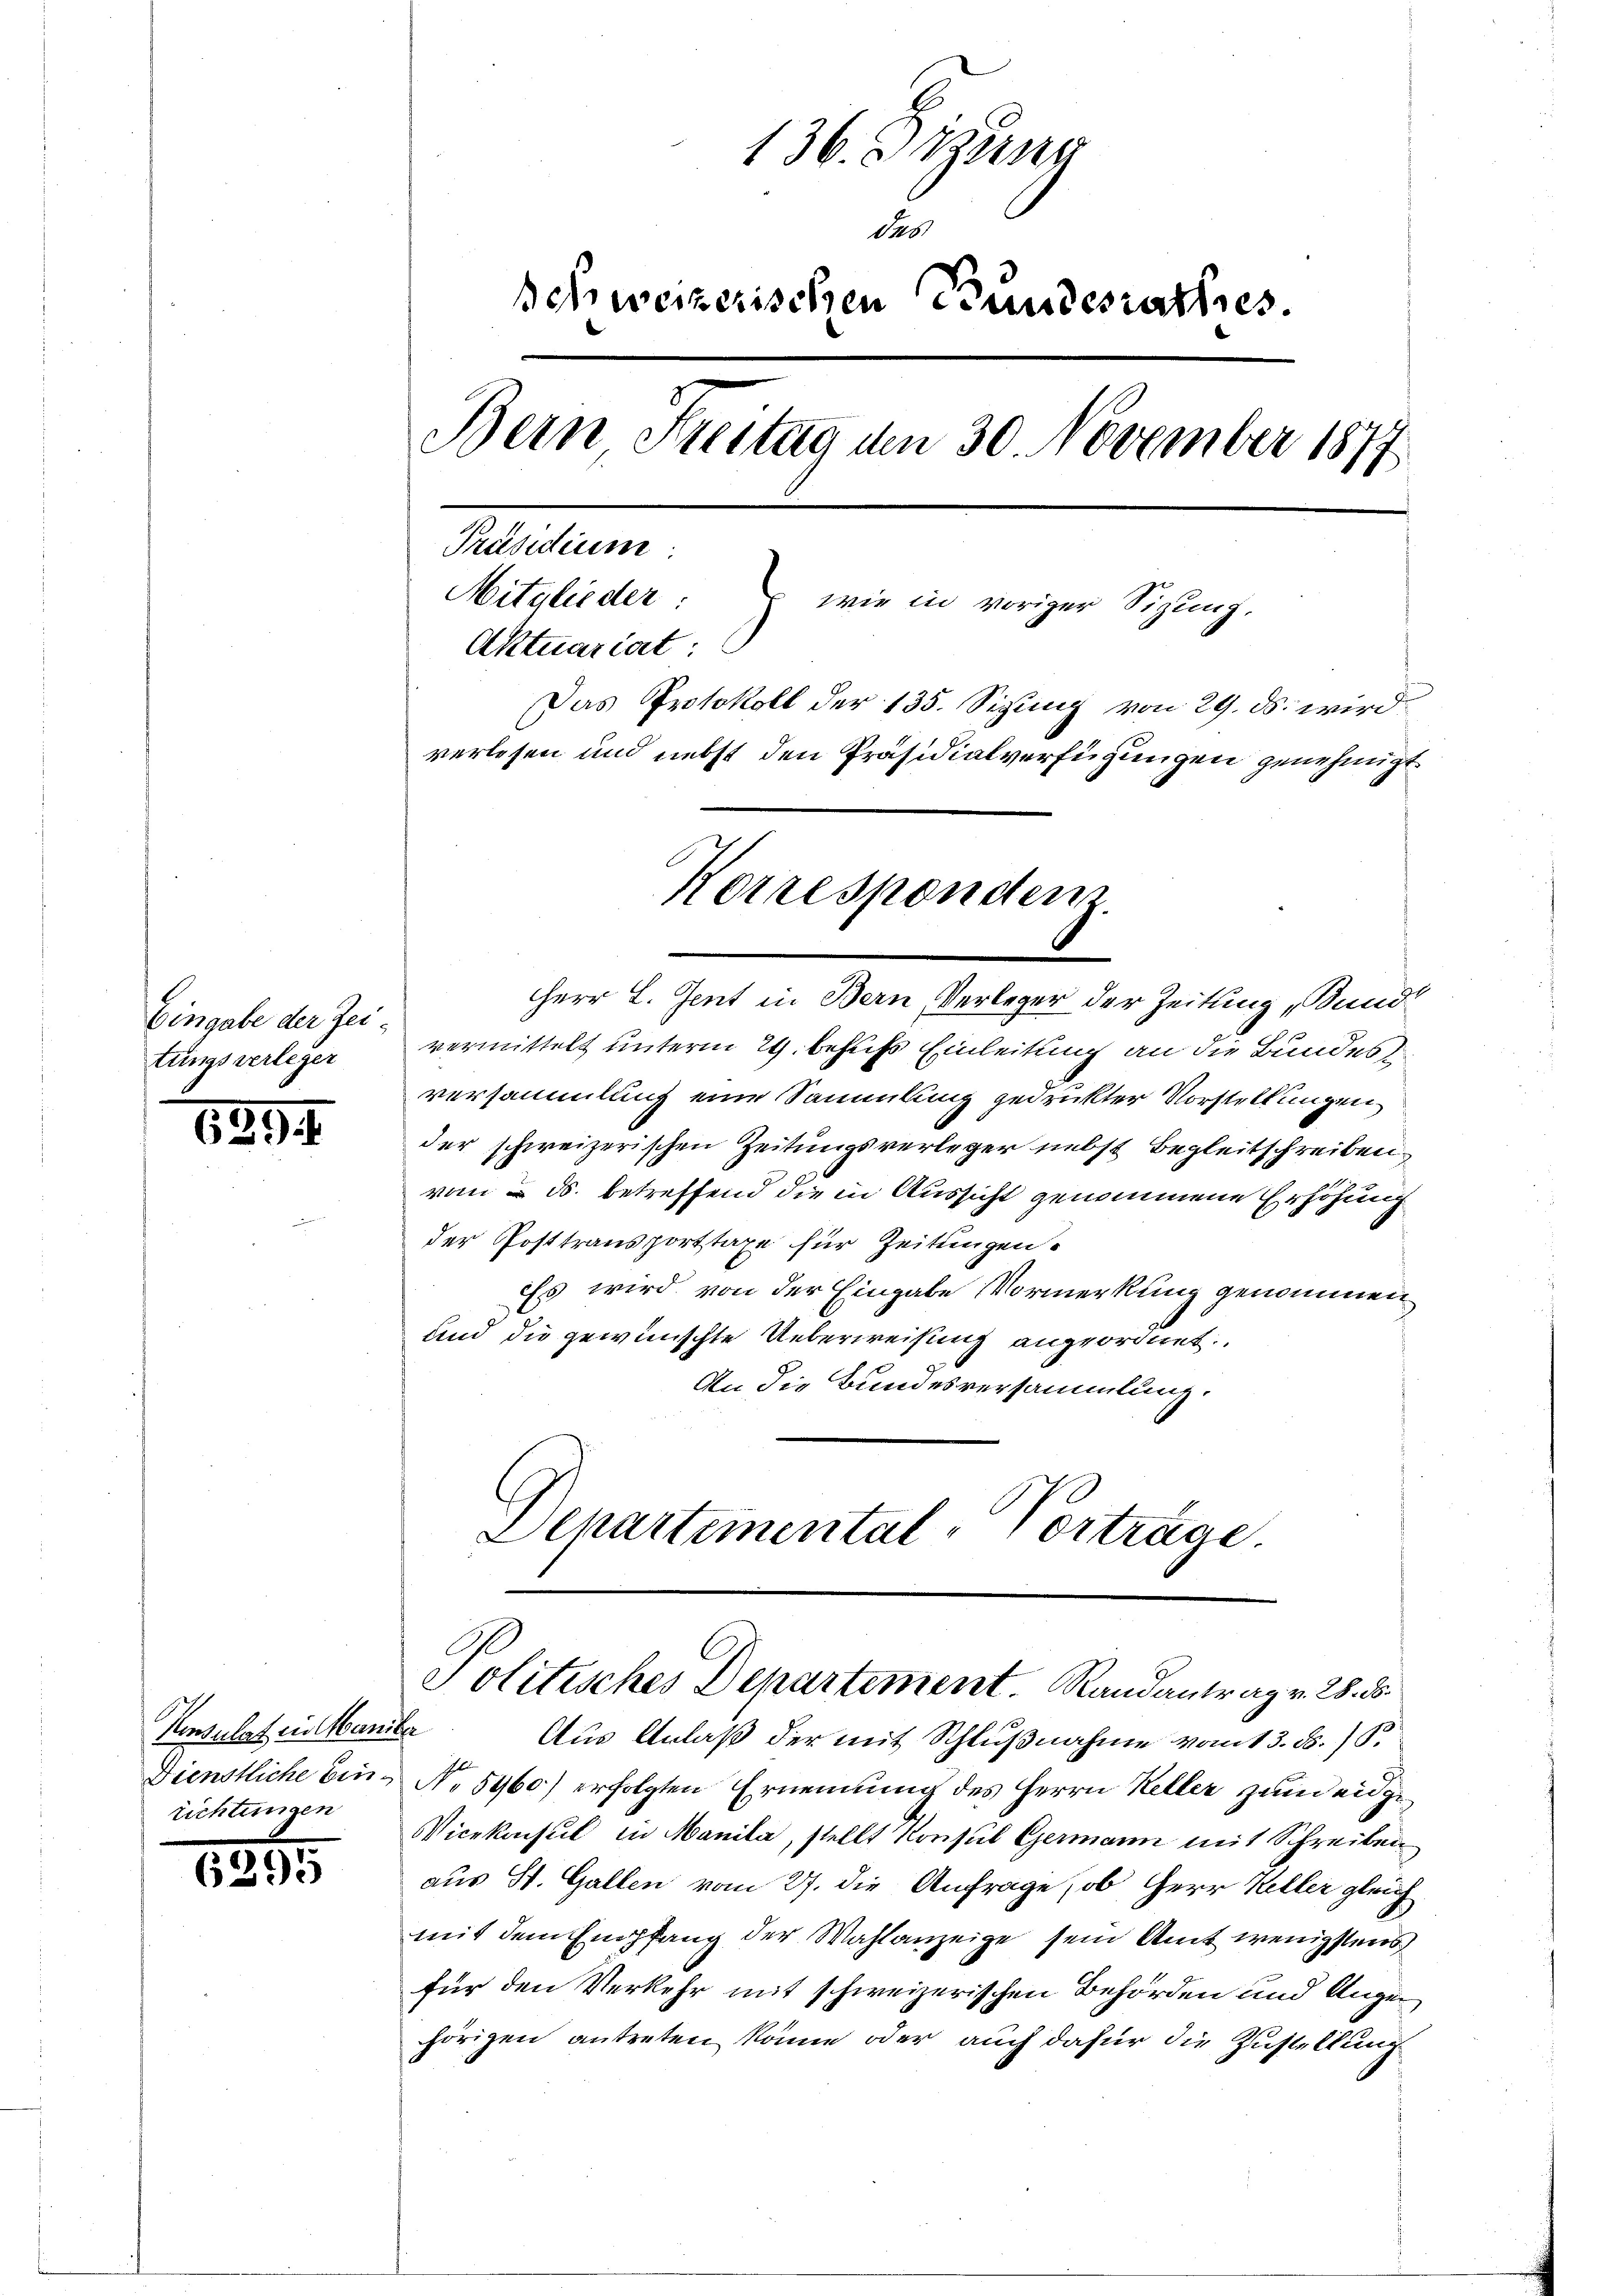
tungsverleger

639

Konsulat ein Maniker
richtungen

6291

136. Dierna
Schweizerischen Bundesrathes.
Bern Steitag den 30. November 1877

Mitglieder: wie in voriger Sizung.
Aktuariat:
Das Protokoll der 135. Sizung von 29. ds. wird.
verlesen und nebst den Präsidialverfügungen genehmigt
Korresponden

Herr L. Gent in Bern, Verleger der Zeitung „Bund
Eingabe der Zei- vermittelt unterm 29. behufs Einleitung an die Bundesversammlung eine Sammlung gedruckter Vorstellungen
der schweizerischen Zeitungsverleger nebst Begleitschreiben
vom  ds. betreffend die in Aussicht genommene Erhöhung
der Posttransportstaxe für Zeitungen.
Es wird von der Eingabe Vormerkung genommen,
und die gewünschte Ueberweisung angeordnet.
An die Bundesversammlung.
Departemental-Vorträge.

Politisches Departement. Randantrag v. 28. ds.

Aus Anlaß der mit Schlußnahme vom 15. B. S.
Dienstliche Ein- No 5960) erfolgten Ernennung des Herrn Keller zum eidge¬
Vicekonsul in Manila, stellt Konsul Germann mit Schreiben
aus St. Gallen vom 27. die Anfrage, ob Herr Keller gleich
mit dem Empfang der Wahlanzeige sein Amt wenigstens
für den Verkehr mit schweizerischen Behörden und Augen
hörigen antreten könne oder auch dafür die Zustellung